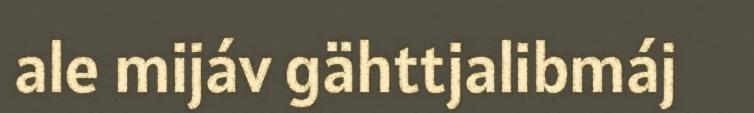
ale mijáv gähttjalibmáj